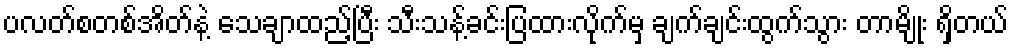
ပလတ်စတစ်အိတ်နဲ့ သေချာထည့်ပြီး သီးသန့်ခင်းပြထားလိုက်မှ ချက်ချင်းထွက်သွား တာမျိုး ရှိတယ်